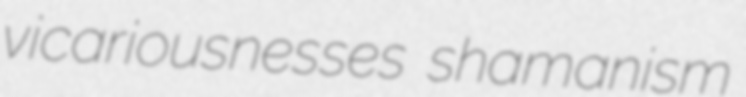
vicariousnesses shamanism